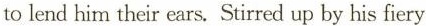
tolend him their ears.Stirred up by his fiery